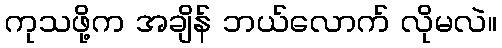
ကုသဖို့က အချိန် ဘယ်လောက် လိုမလဲ။